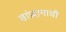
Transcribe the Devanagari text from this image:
सांप्रदायाची